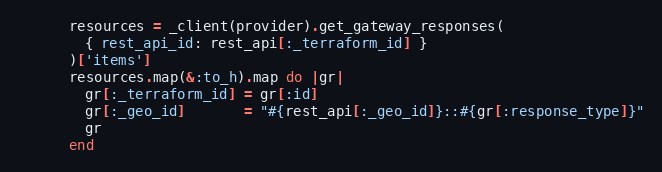
Language: Ruby
      resources = _client(provider).get_gateway_responses(
        { rest_api_id: rest_api[:_terraform_id] }
      )['items']
      resources.map(&:to_h).map do |gr|
        gr[:_terraform_id] = gr[:id]
        gr[:_geo_id]       = "#{rest_api[:_geo_id]}::#{gr[:response_type]}"
        gr
      end